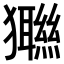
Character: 𤣆